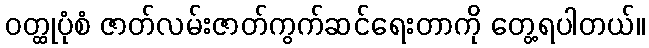
ဝတ္ထုပုံစံ ဇာတ်လမ်းဇာတ်ကွက်ဆင်ရေးတာကို တွေ့ရပါတယ်။